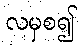
လမှစ၍